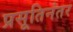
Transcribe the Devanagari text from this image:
प्रसूतिनंतर